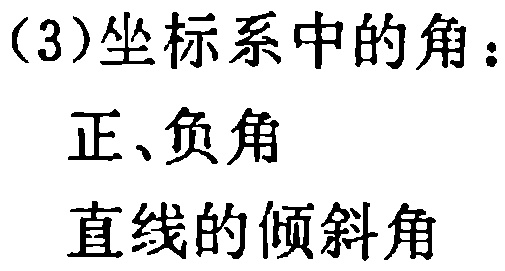
(3)坐标系中的角：

正、负角

直线的倾斜角